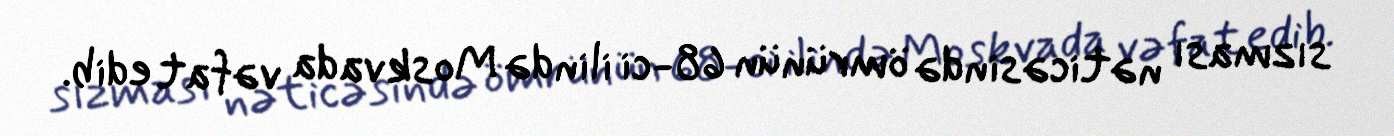
sızması nəticəsində ömrünün 68-ci ilində Moskvada vəfat edib.